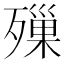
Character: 𣩓